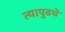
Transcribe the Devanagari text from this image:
त्यापुढचे